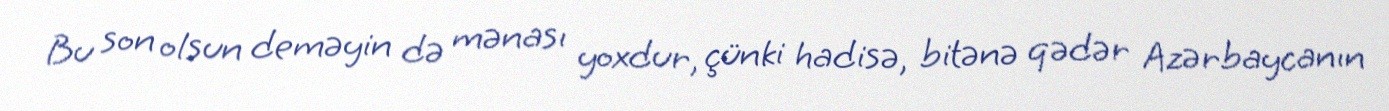
Bu son olsun deməyin də mənası yoxdur, çünki hadisə, bitənə qədər Azərbaycanın